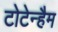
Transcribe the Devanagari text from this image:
टोटेन्हैम